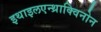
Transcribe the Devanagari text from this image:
इथाइलएन्थ्राक्विनोन